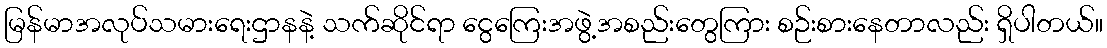
မြန်မာအလုပ်သမားရေးဌာနနဲ့ သက်ဆိုင်ရာ ငွေကြေးအဖွဲ့အစည်းတွေကြား စဉ်းစားနေတာလည်း ရှိပါတယ်။